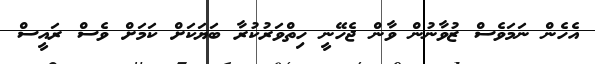
އެހެން ނަމަވެސް ޒުވާނުން ވާން ޖެހޭނީ ހިތްވަރުކުރާ ބަޔަކަށް ކަމަށް ވެސް ރައީސް